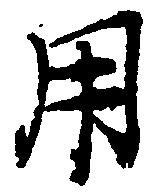
用